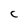
Character: C